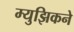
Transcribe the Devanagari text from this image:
म्युझिकने